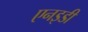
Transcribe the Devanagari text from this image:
एनइडी